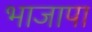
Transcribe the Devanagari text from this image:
भाजापा